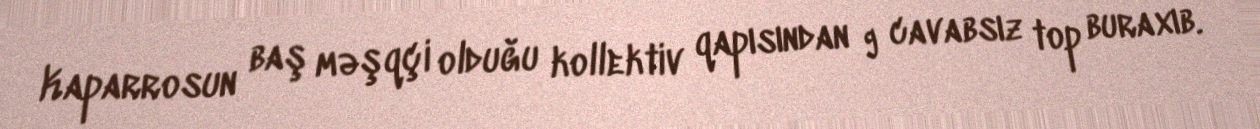
Kaparrosun baş məşqçi olduğu kollektiv qapısından 9 cavabsız top buraxıb.